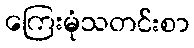
ကြေးမုံသတင်းစာ